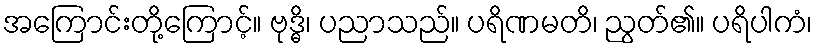
အကြောင်းတို့ကြောင့်။ ဗုဒ္ဓိ၊ ပညာသည်။ ပရိဏမတိ၊ ညွတ်၏။ ပရိပါကံ၊